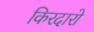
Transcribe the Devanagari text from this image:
किरदारो